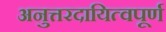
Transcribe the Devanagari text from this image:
अनुत्तरदायित्वपूर्ण